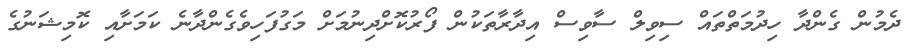
ދެމުން ގެންދާ ހިދުމަތްތައް ސިވިލް ސާވިސް އިދާރާތަކުން ފޯރުކޮށްދިނުމަށް މަގުފަހިވެގެންދާނެ ކަމަށާއި ކޮމިޝަނުގެ